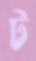
ট